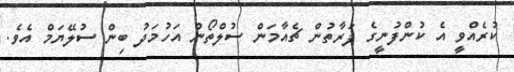
ކުރެއްވީ އެ ކުންފުނީގެ ފަރާތުން ޗެއާމަން ސުލްތޯން އަހުމަދު ބިން ސުލޭޔަމް އެވެ.